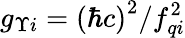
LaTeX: g_{\Upsilon i}={\left(\hbar c\right)}^{2}/f_{qi}^{2}